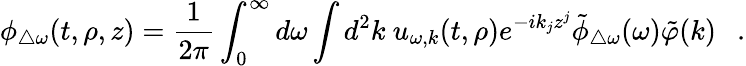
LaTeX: \phi_{\triangle\omega}(t,\rho,z)={\frac{1}{2\pi}}\int_{0}^{\infty}d\omega\int d^{2}k~u_{\omega,k}(t,\rho)e^{-ik_{j}z^{j}}\tilde{\phi}_{\triangle\omega}(\omega)\tilde{\varphi}(k)~~~.